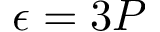
\epsilon = 3 P